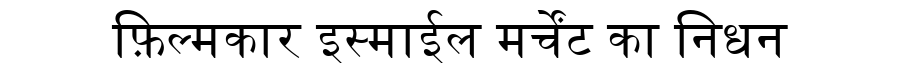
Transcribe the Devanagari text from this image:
फ़िल्मकार इस्माईल मर्चेंट का निधन